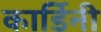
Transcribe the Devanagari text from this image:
कार्डिनी